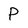
Character: P